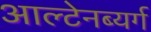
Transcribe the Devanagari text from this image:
आल्टेनब्यर्ग